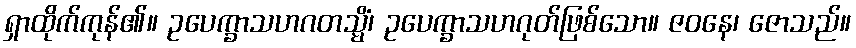
ရှာထိုက်ကုန်၏။ ဥပေက္ခာသဟဂတသ္မိံ၊ ဥပေက္ခာသဟဂုတ်ဖြစ်သော။ ဇဝနေ၊ ဇောသည်။